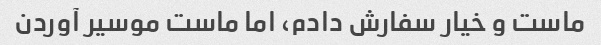
ماست و خیار سفارش دادم، اما ماست موسیر آوردن